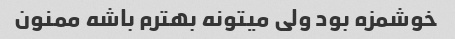
خوشمزه بود ولی میتونه بهترم باشه ممنون